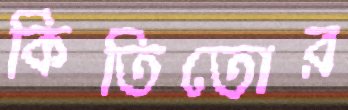
কিতিতোর